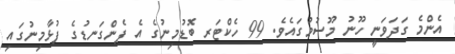
އެންމެ ގަދަވަނީ ހޫނު މޫސުމުގައެވެ. 99 ހެކްޓަރ ބޮޑުމިނުގެ އެ ފެންގަނޑުގެ ފުޅާމިނުގައި